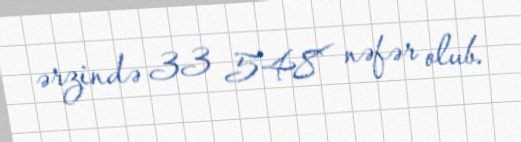
ərzində 33 548 nəfər olub.